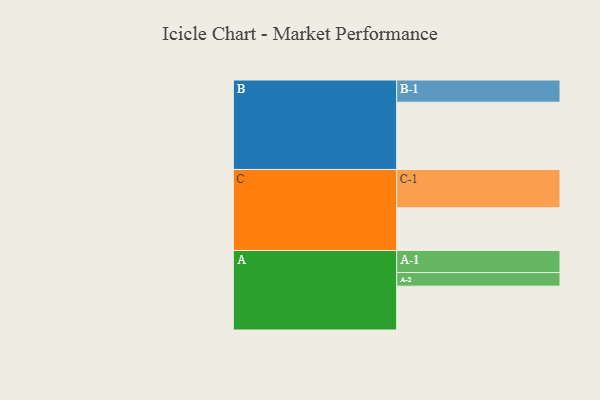
{"axis": {"x": "Segment", "y": "Value"}, "legend": ["", "A", "B", "C"], "data": [{"x": "A", "y": 326, "type": ""}, {"x": "B", "y": 500, "type": ""}, {"x": "C", "y": 317, "type": ""}, {"x": "A-1", "y": 164, "type": "A"}, {"x": "A-2", "y": 101, "type": "A"}, {"x": "B-1", "y": 165, "type": "B"}, {"x": "C-1", "y": 285, "type": "C"}]}